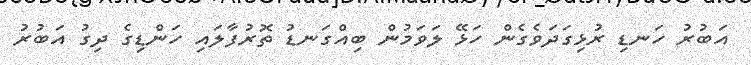
އަބުރު ހަނޑި ރުޅިގަދަވެގެން ހަޅޭ ލަވަމުން ބިއްގަނޑު ތޮރުފާލައި ހަންޑިގެ ދިގު އަބުރު